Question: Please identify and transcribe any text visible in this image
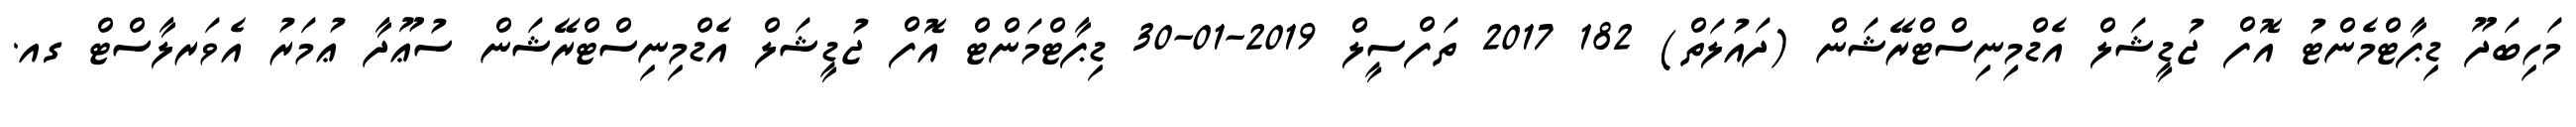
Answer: މަހިބަދޫ ޑިޕާޓްމެންޓު އޮފް ޖުޑީޝަލް އެޑްމިނިސްޓްރޭޝަން (ދައުލަތް) 182 2017 ތަފްސީލް 2019-01-30 ޑިޕާޓްމަންޓް އޮފް ޖުޑީޝަލް އެޑްމިނިސްޓްރޭޝަން ސުޢޫދާ ޢުމަރު އެވަރލާސްޓް ގއ.